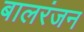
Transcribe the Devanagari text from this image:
बालरंजन